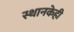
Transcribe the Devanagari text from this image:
स्थानकेही